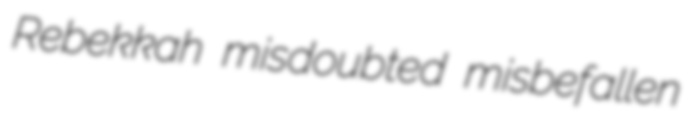
Rebekkah misdoubted misbefallen